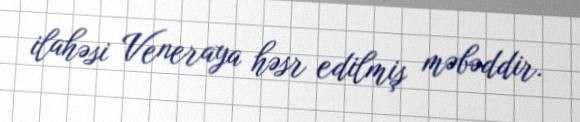
ilahəsi Veneraya həsr edilmiş məbəddir.